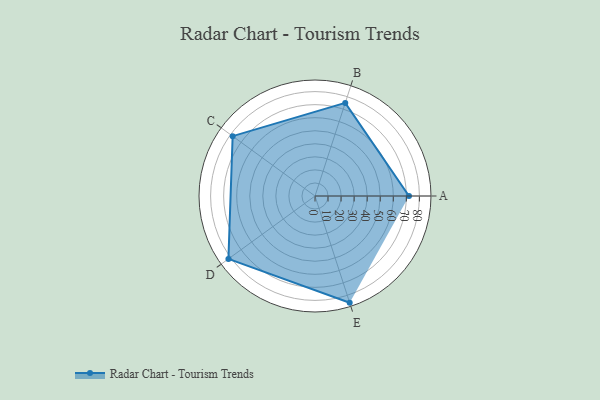
{"axis": {"x": "Skill", "y": "Score"}, "legend": ["Profile"], "data": [{"x": "A", "y": 72.0, "type": "Profile"}, {"x": "B", "y": 75.0, "type": "Profile"}, {"x": "C", "y": 78.0, "type": "Profile"}, {"x": "D", "y": 82.0, "type": "Profile"}, {"x": "E", "y": 86.0, "type": "Profile"}]}